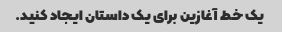
یک خط آغازین برای یک داستان ایجاد کنید.